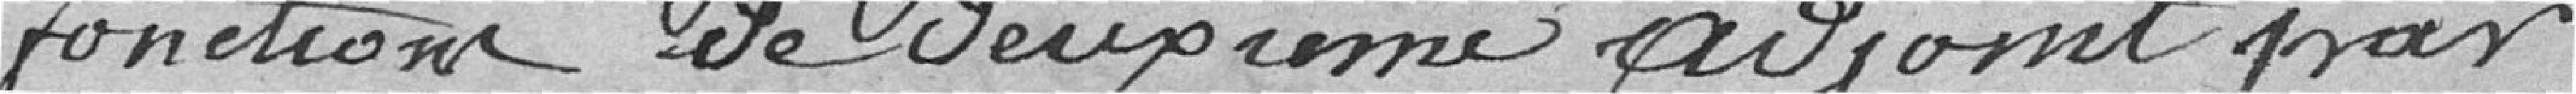
fonction de deuxième adjoint par